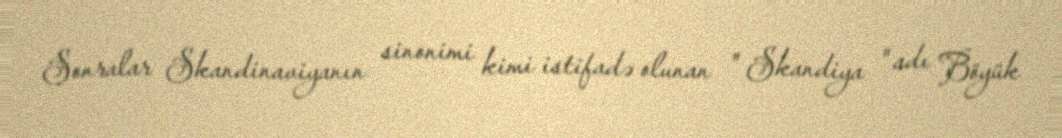
Sonralar Skandinaviyanın sinonimi kimi istifadə olunan " Skandiya " adı Böyük